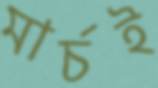
মার্চই